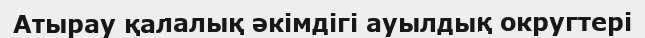
Атырау қалалық әкімдігі ауылдық округтері